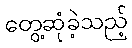
တွေ့ဆုံခဲ့သည့်